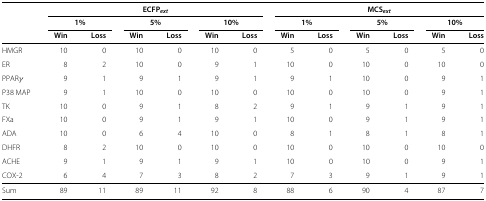
|  | <COLSPAN=6> ECFP ext | <COLSPAN=6> MCS ext |
 |  | <COLSPAN=2> 1% | <COLSPAN=2> 5% | <COLSPAN=2> 10% | <COLSPAN=2> 1% | <COLSPAN=2> 5% | <COLSPAN=2> 10% |
 |  | Win | Loss | Win | Loss | Win | Loss | Win | Loss | Win | Loss | Win | Loss |
 | --- | --- | --- | --- | --- | --- | --- | --- | --- | --- | --- | --- | --- |
 | HMGR | 10 | 0 | 10 | 0 | 10 | 0 | 5 | 0 | 5 | 0 | 5 | 0 |
 | ER | 8 | 2 | 10 | 0 | 9 | 1 | 10 | 0 | 10 | 0 | 10 | 0 |
 | PPAR γ | 9 | 1 | 9 | 1 | 9 | 1 | 9 | 1 | 10 | 0 | 9 | 1 |
 | P38 MAP | 9 | 1 | 10 | 0 | 10 | 0 | 10 | 0 | 10 | 0 | 9 | 1 |
 | TK | 10 | 0 | 9 | 1 | 8 | 2 | 9 | 1 | 9 | 1 | 9 | 1 |
 | FXa | 10 | 0 | 9 | 1 | 9 | 1 | 10 | 0 | 9 | 1 | 9 | 1 |
 | ADA | 10 | 0 | 6 | 4 | 10 | 0 | 8 | 1 | 8 | 1 | 8 | 1 |
 | DHFR | 8 | 2 | 10 | 0 | 10 | 0 | 10 | 0 | 10 | 0 | 10 | 0 |
 | ACHE | 9 | 1 | 9 | 1 | 9 | 1 | 10 | 0 | 10 | 0 | 9 | 1 |
 | COX-2 | 6 | 4 | 7 | 3 | 8 | 2 | 7 | 3 | 9 | 1 | 9 | 1 |
 | Sum | 89 | 11 | 89 | 11 | 92 | 8 | 88 | 6 | 90 | 4 | 87 | 7 |